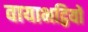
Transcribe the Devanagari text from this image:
वायाभट्ठियों